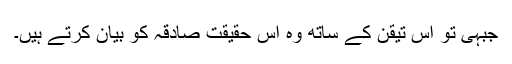
جبہی تو اس تیقن کے ساتھ وہ اس حقیقت صادقہ کو بیان کرتے ہیں۔